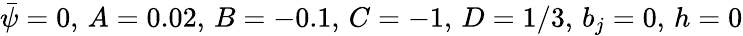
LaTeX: \bar{\psi}=0,\, A=0.02,\, B=-0.1,\, C=-1,\, D=1/3,\, b_{j}=0,\, h=0